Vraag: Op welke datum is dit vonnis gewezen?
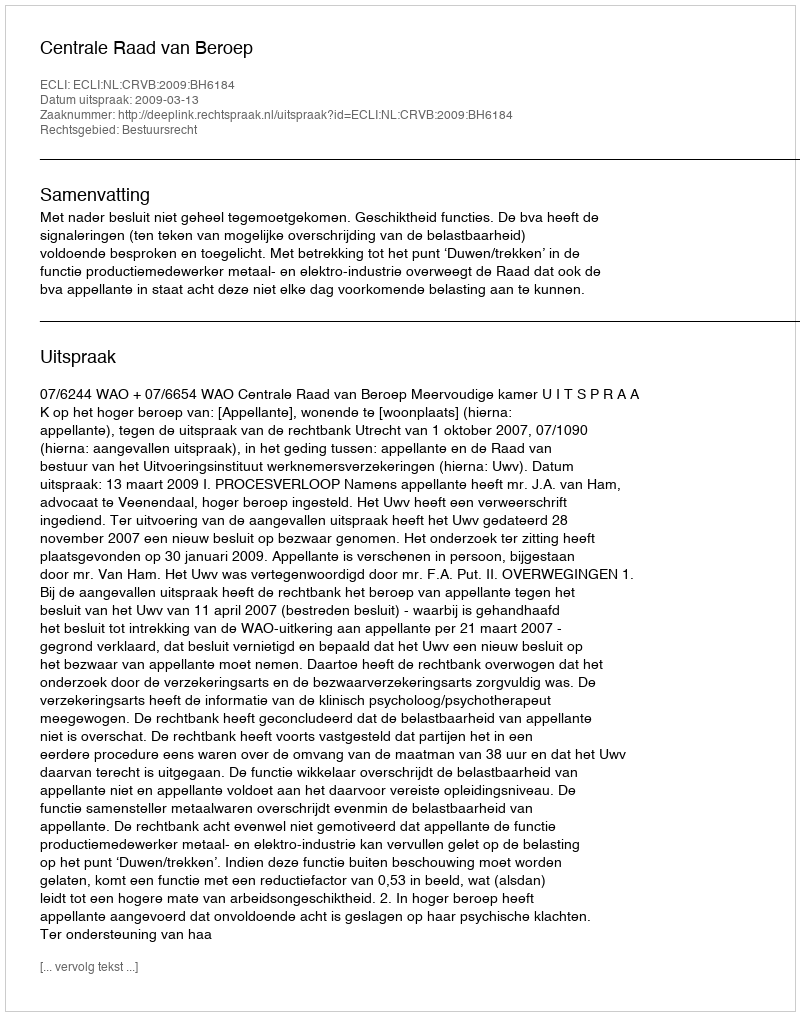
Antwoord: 2009-03-13